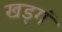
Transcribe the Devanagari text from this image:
खड्गं